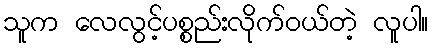
သူက လေလွင့်ပစ္စည်းလိုက်ဝယ်တဲ့ လူပါ။